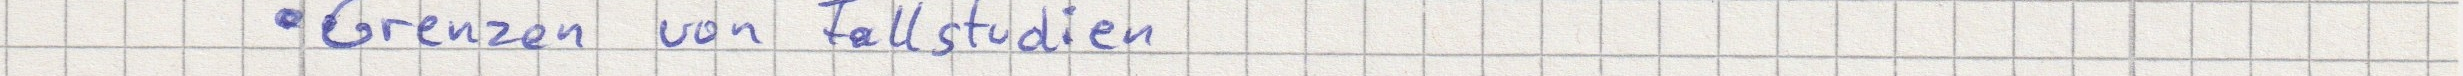
Grenzen von Fallstudien